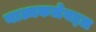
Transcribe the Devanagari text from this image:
नाट्यकलेबद्दल